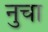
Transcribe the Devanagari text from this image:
नुचा